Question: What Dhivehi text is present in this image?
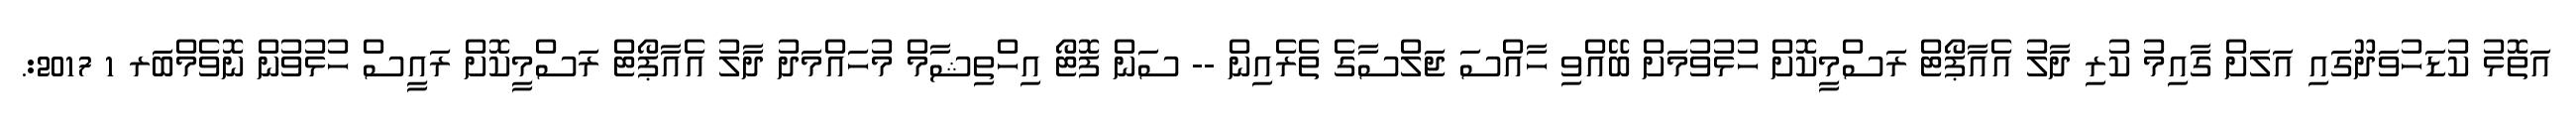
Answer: އަތޮޅު ކުޑަހުވަދޫގައި އަލަށް ގާއިމު ކުރި ދާލު އެއާޕޯޓް ރަސްމީކޮށް ހުޅުވުމަށް ބޭއްވި ހާއްސަ ޖަލްސާގެ ތެރެއިން -- ސަން ފޮޓޯ އިހްތިޝާމް މުހައްމަދު ދާލު އެއާޕޯޓް ރަސްމީކޮށް ރައީސް ހުޅުވުން ނޮވެމްބަރ 1 2017:.